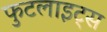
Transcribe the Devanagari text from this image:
फुटलाइट्स